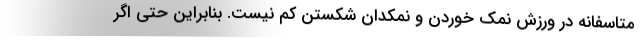
متاسفانه در ورزش نمک خوردن و نمکدان شکستن کم نیست. بنابراین حتی اگر